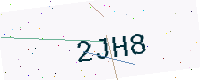
Text: 2JH8